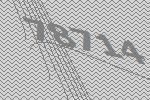
78714